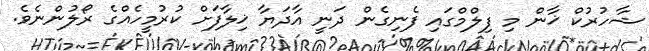
ޝާހުރުކް ޚާން މި ފިލްމްގައި ފެނިގެން ދަނީ އާދަޔާ ޚިލާފަށް ކުރުމީހެއްގެ ރޯލުންނެވެ.